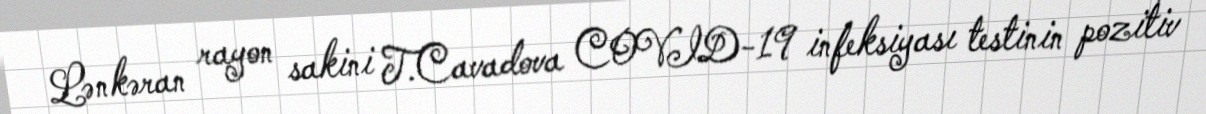
Lənkəran rayon sakini T.Cavadova COVID-19 infeksiyası testinin pozitiv